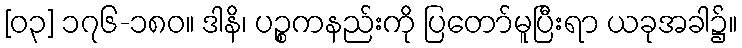
[၀၃] ၁၇၆-၁၈၀။ ဒါနိ၊ ပဉ္စကနည်းကို ပြတော်မူပြီးရာ ယခုအခါ၌။